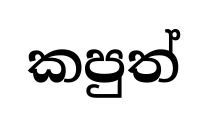
කපුත්